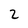
Character: 2